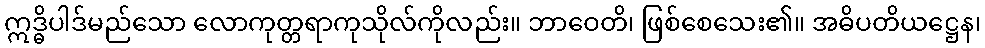
ဣဒ္ဓိပါဒ်မည်သော လောကုတ္တရာကုသိုလ်ကိုလည်း။ ဘာဝေတိ၊ ဖြစ်စေသေး၏။ အဓိပတိယဋ္ဌေန၊